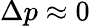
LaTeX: \Delta p\approx 0